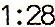
1:28